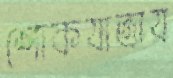
শোকযাত্রায়